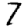
Digit: 7